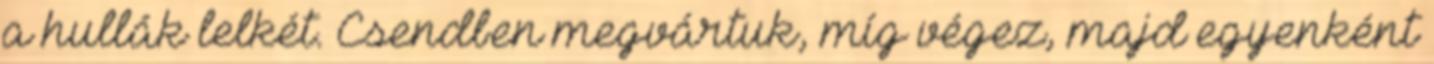
a hullák lelkét. Csendben megvártuk, míg végez, majd egyenként